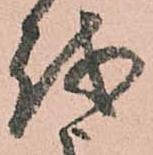
越